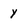
Character: y